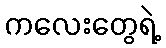
ကလေးတွေရဲ့